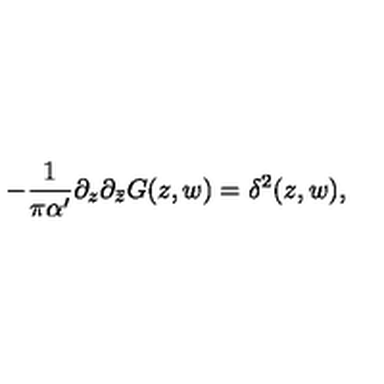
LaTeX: - \frac 1 { \pi \alpha ^ { \prime } } \partial _ { z } \partial _ { \bar { z } } G ( z , w ) = \delta ^ { 2 } ( z , w ) ,